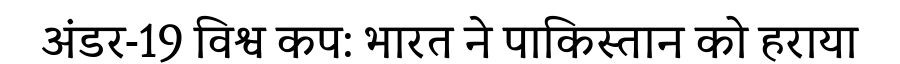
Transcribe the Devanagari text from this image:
अंडर-19 विश्व कप: भारत ने पाकिस्तान को हराया